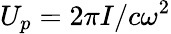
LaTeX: U_{p}={2\pi I}/{c\omega^{2}}